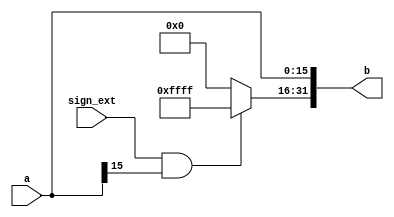
`timescale 1ns / 1ns

module EXT16_320 #(parameter len=16)
(
input [len-1:0] a,
input sign_ext,
output reg [31:0] b
);

always@(a) begin
  if(sign_ext==1&&a[len-1]) begin
	  b=32'hffffffff;
    b[len-1:0] = a[len-1:0];
  end
  
  else begin
    b=32'h00000000;
    b[len-1:0] = a[len-1:0];
  end
  
end
endmodule